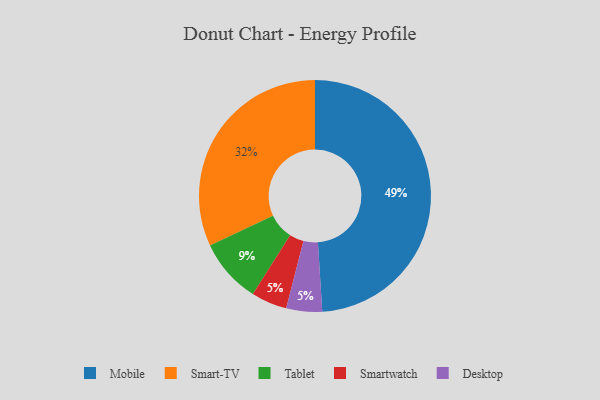
{"axis": {"x": "Category", "y": "Percentage"}, "legend": ["Desktop", "Mobile", "Smart-TV", "Smartwatch", "Tablet"], "data": [{"x": "Smart-TV", "y": 32, "type": "Smart-TV"}, {"x": "Smartwatch", "y": 5, "type": "Smartwatch"}, {"x": "Mobile", "y": 49, "type": "Mobile"}, {"x": "Tablet", "y": 9, "type": "Tablet"}, {"x": "Desktop", "y": 5, "type": "Desktop"}]}